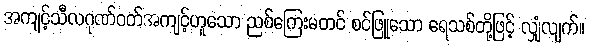
အကျင့်သီလဂုဏ်ဝတ်အကျင့်ဟူသော ညစ်ကြေးမတင် စင်ဖြူသော ရေသစ်တို့ဖြင့် လျှံလျက်။